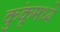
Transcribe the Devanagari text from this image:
कुंकूमध्ये